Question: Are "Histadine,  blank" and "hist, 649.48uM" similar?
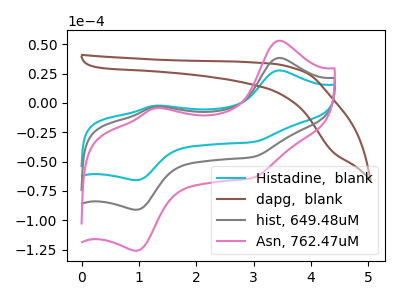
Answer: <think>The cyan curve "Histadine,  blank" has anodic peaks at (3.45V, 27.65uA) (1.25V, -2.45uA) and cathodic peaks at (0.95V, -65.80uA) (3.00V, -33.35uA). The brown curve "dapg,  blank" has no peaks. The gray curve "hist, 649.48uM" has anodic peaks at (3.45V, 38.30uA) (1.25V, -3.40uA) and cathodic peaks at (0.95V, -91.05uA) (3.00V, -46.10uA). The pink curve "Asn, 762.47uM" has anodic peaks at (3.45V, 76.55uA) (1.25V, -6.80uA) and cathodic peaks at (0.95V, -182.10uA) (3.00V, -92.25uA).
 All the peaks in "Histadine,  blank" have a peak in "hist, 649.48uM" at the same potential.</think>
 <answer>"Histadine,  blank" and "hist, 649.48uM" are similar in shape.</answer>
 <eval>same_shape</eval>